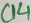
Text: C14